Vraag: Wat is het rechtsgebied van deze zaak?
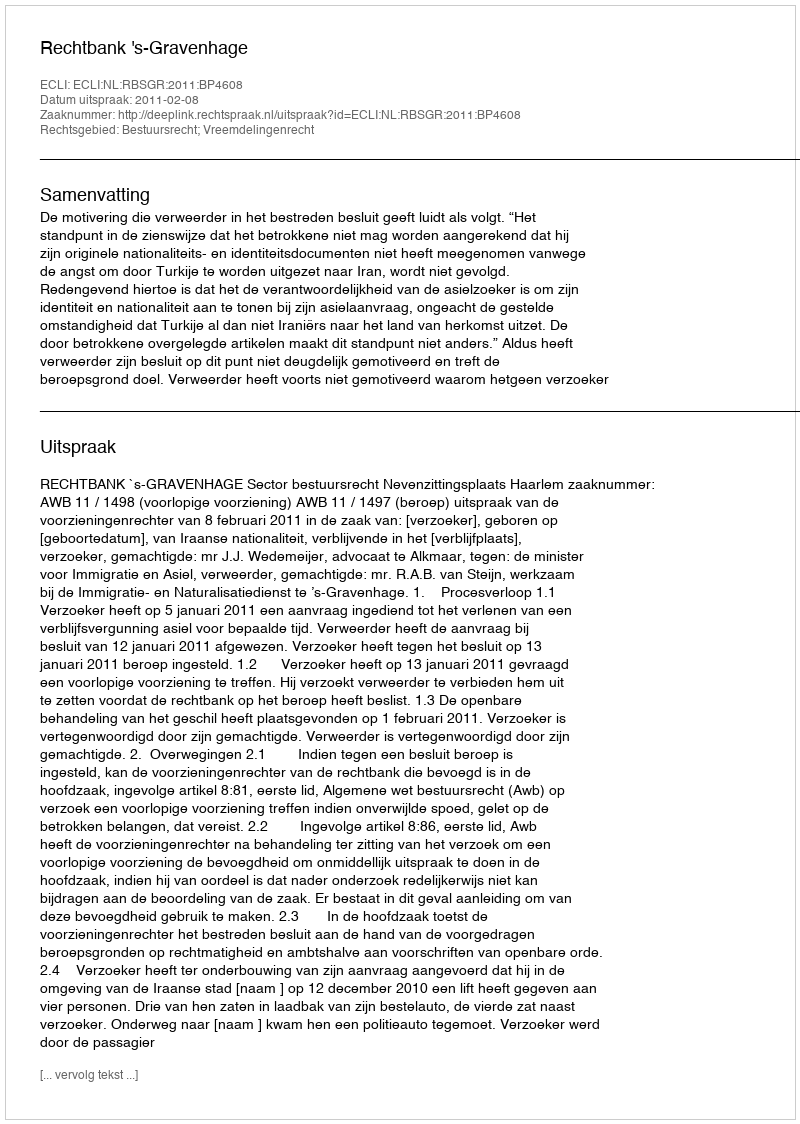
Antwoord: Bestuursrecht; Vreemdelingenrecht